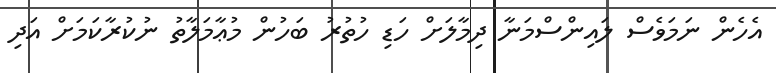
އެހެން ނަމަވެސް ލައިންސްމަނާ ދިމާލަށް ހަޑި ހުތުރު ބަހުން މުޢާމަލާތު ނުކުރާކަމަށް އަދި